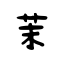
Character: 茉